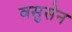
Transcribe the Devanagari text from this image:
वसुसेन